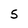
Character: 5